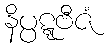
နိပ္ပဋ္ဋဗီဇံ